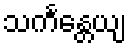
သင်္ကန္တေယျ